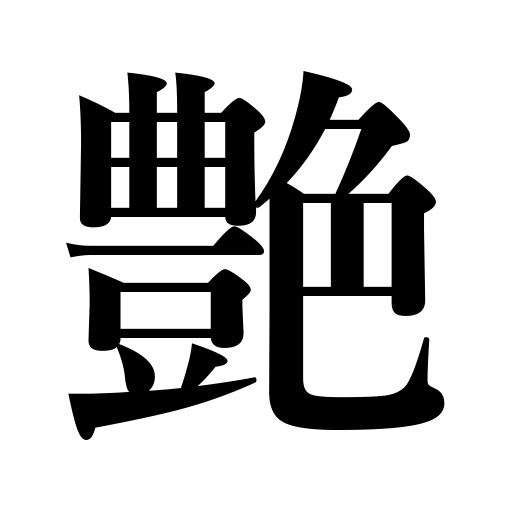
Meanings: charm,brightness,romance,gloss,love,polish,glaze,luster